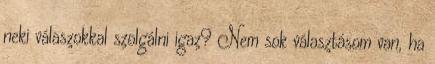
neki válaszokkal szolgálni igaz? Nem sok választásom van, ha